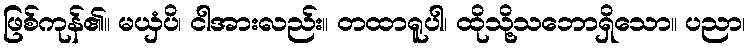
ဖြစ်ကုန်၏။ မယှံပိ၊ ငါအားလည်း။ တထာရူပါ၊ ထိုသို့သဘောရှိသော။ ပညာ၊